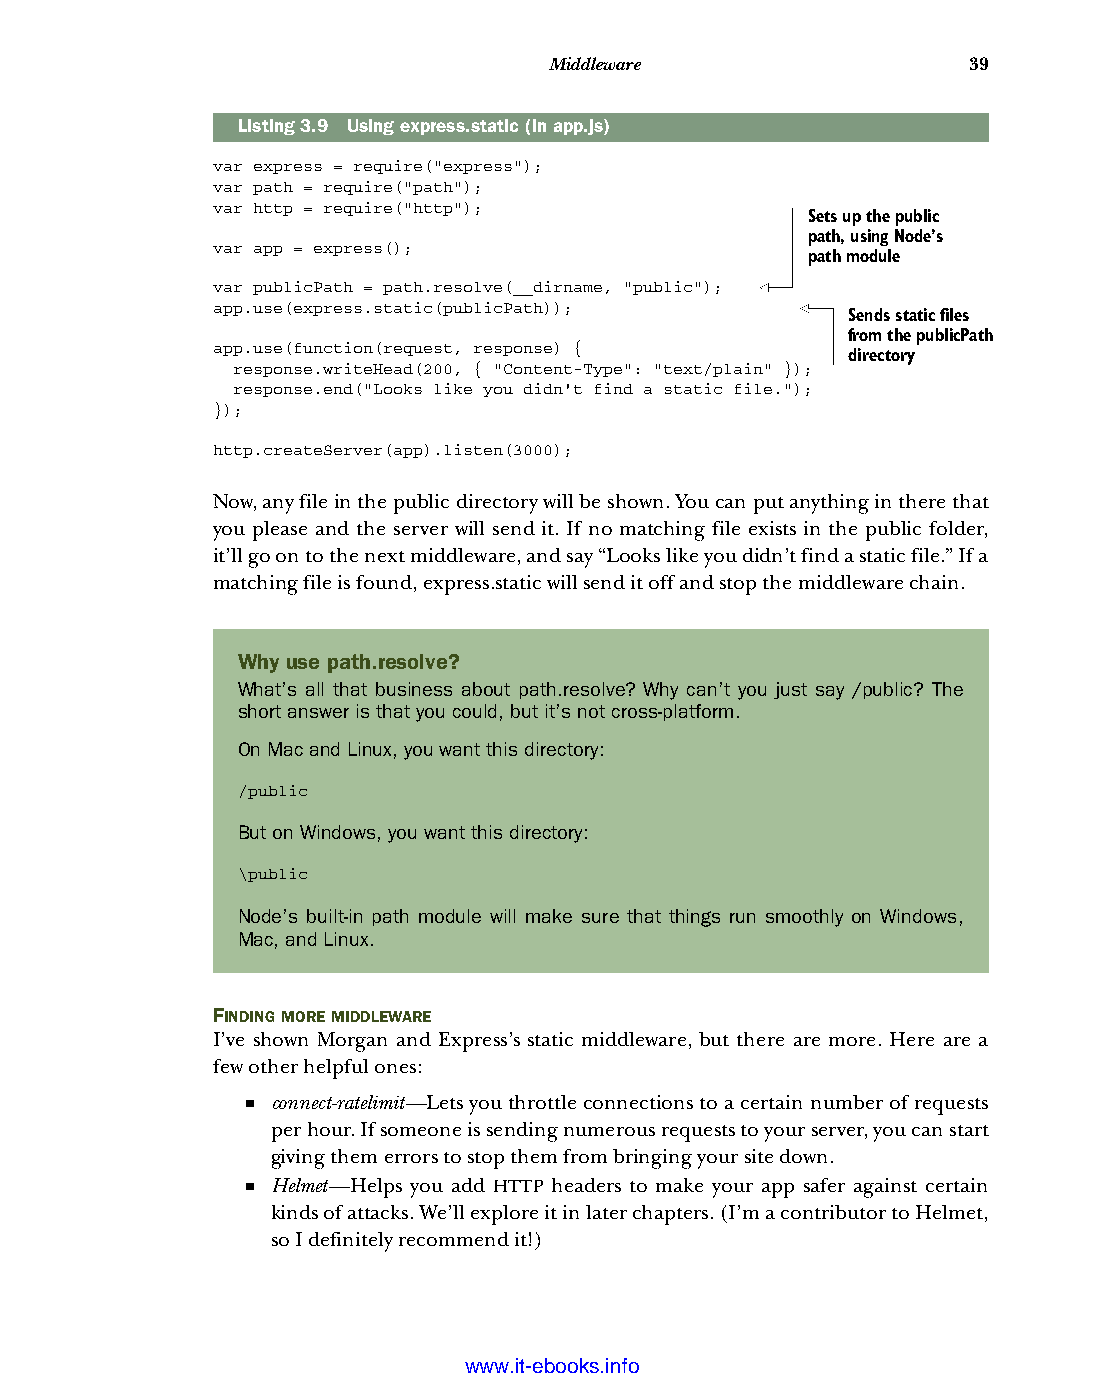
Middleware                  39
 Listing3.9 Using express.static (in app.js)
 var express = require("express");
 var path = require("path");
 var http = require("http");
 Sets up the public
 path, using Node’s
 var app = express();
 path module
 var publicPath = path.resolve(__dirname, "public");
 app.use(express.static(publicPath));
 Sends static files
 from the publicPath
 app.use(function(request, response) {
 directory
 response.writeHead(200, { "Content-Type": "text/plain" });
 response.end("Looks like you didn't find a static file.");
 });
 http.createServer(app).listen(3000);
 Now, any file in the public directory will be shown. You can put anything in there that
 you please and the server will send it. If no matching file exists in the public folder,
 it’ll go on to the next middleware, and say “Looks like you didn’t find a static file.” If a
 matching file is found, express.static will send it off and stop the middleware chain.
 Why use path.resolve?
 What’s all that business about path.resolve? Why can’t you just say /public? The
 short answer is that you could, but it’s not cross-platform.
 On Mac and Linux, you want this directory:
 /public
 But on Windows, you want this directory:
 \public
 Node’s built-in path module will make sure that things run smoothly on Windows,
 Mac, and Linux.
 FINDING MORE MIDDLEWARE
 I’ve shown Morgan and Express’s static middleware, but there are more. Here are a
 few other helpful ones:
 ■ connect-ratelimit—Lets you throttle connections to a certain number of requests
 per hour. If someone is sending numerous requests to your server, you can start
 giving them errors to stop them from bringing your site down.
 ■ Helmet—Helps you add HTTP headers to make your app safer against certain
 kinds of attacks. We’ll explore it in later chapters. (I’m a contributor to Helmet,
 so I definitely recommend it!)
 Licensed wtow w <.mit-ielebro.8o8k8s@.ingfomail.com>